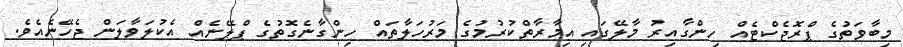
މިބާވަތުގެ ޕްރޮޖެކްޓެއް ހިންގާއިރު މާލޭގައި އިމާރާތްކުރުމުގެ މަރުހަލާތައް ހިންގާނެގޮތުގެ ޕްލޭނެއް އެކުލަވާލަން ޖެހޭނެއެވެ.